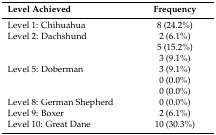
<table><thead><tr><td><b>Level Achieved</b></td><td><b>Frequency</b></td></tr></thead><tbody><tr><td>Level 1: Chihuahua</td><td>8 (24.2%)</td></tr><tr><td>Level 2: Dachshund</td><td>2 (6.1%)</td></tr><tr><td>[EMPTY_CELL]</td><td>5 (15.2%)</td></tr><tr><td>[EMPTY_CELL]</td><td>3 (9.1%)</td></tr><tr><td>Level 5: Doberman</td><td>3 (9.1%)</td></tr><tr><td>[EMPTY_CELL]</td><td>0 (0.0%)</td></tr><tr><td>[EMPTY_CELL]</td><td>0 (0.0%)</td></tr><tr><td>Level 8: German Shepherd</td><td>0 (0.0%)</td></tr><tr><td>Level 9: Boxer</td><td>2 (6.1%)</td></tr><tr><td>Level 10: Great Dane</td><td>10 (30.3%)</td></tr></tbody></table>